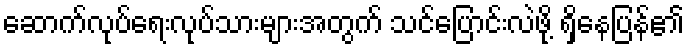
ဆောက်လုပ်ရေးလုပ်သားများအတွက် သင်ပြောင်းလဲဖို့ ရှိနေပြန်၏